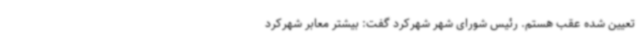
تعیین شده عقب هستم. رئیس شورای شهر شهرکرد گفت: بیشتر معابر شهرکرد